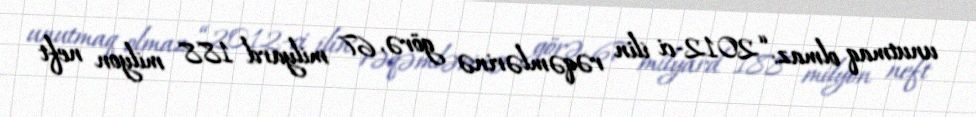
unutmaq olmaz: “2012-ci ilin rəqəmlərinə görə, 67 milyard 188 milyon neft